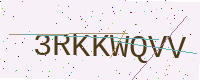
Text: 3RKKWQVV